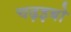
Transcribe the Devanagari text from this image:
चढ़इबो